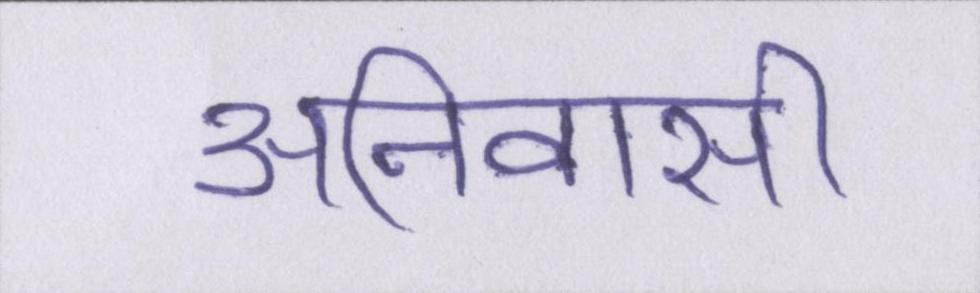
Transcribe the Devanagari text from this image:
अनिवासी